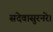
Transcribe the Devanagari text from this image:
सदेवासुरनरे।